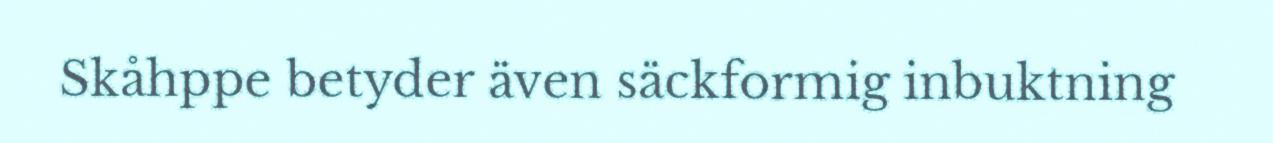
Skåhppe betyder även säckformig inbuktning